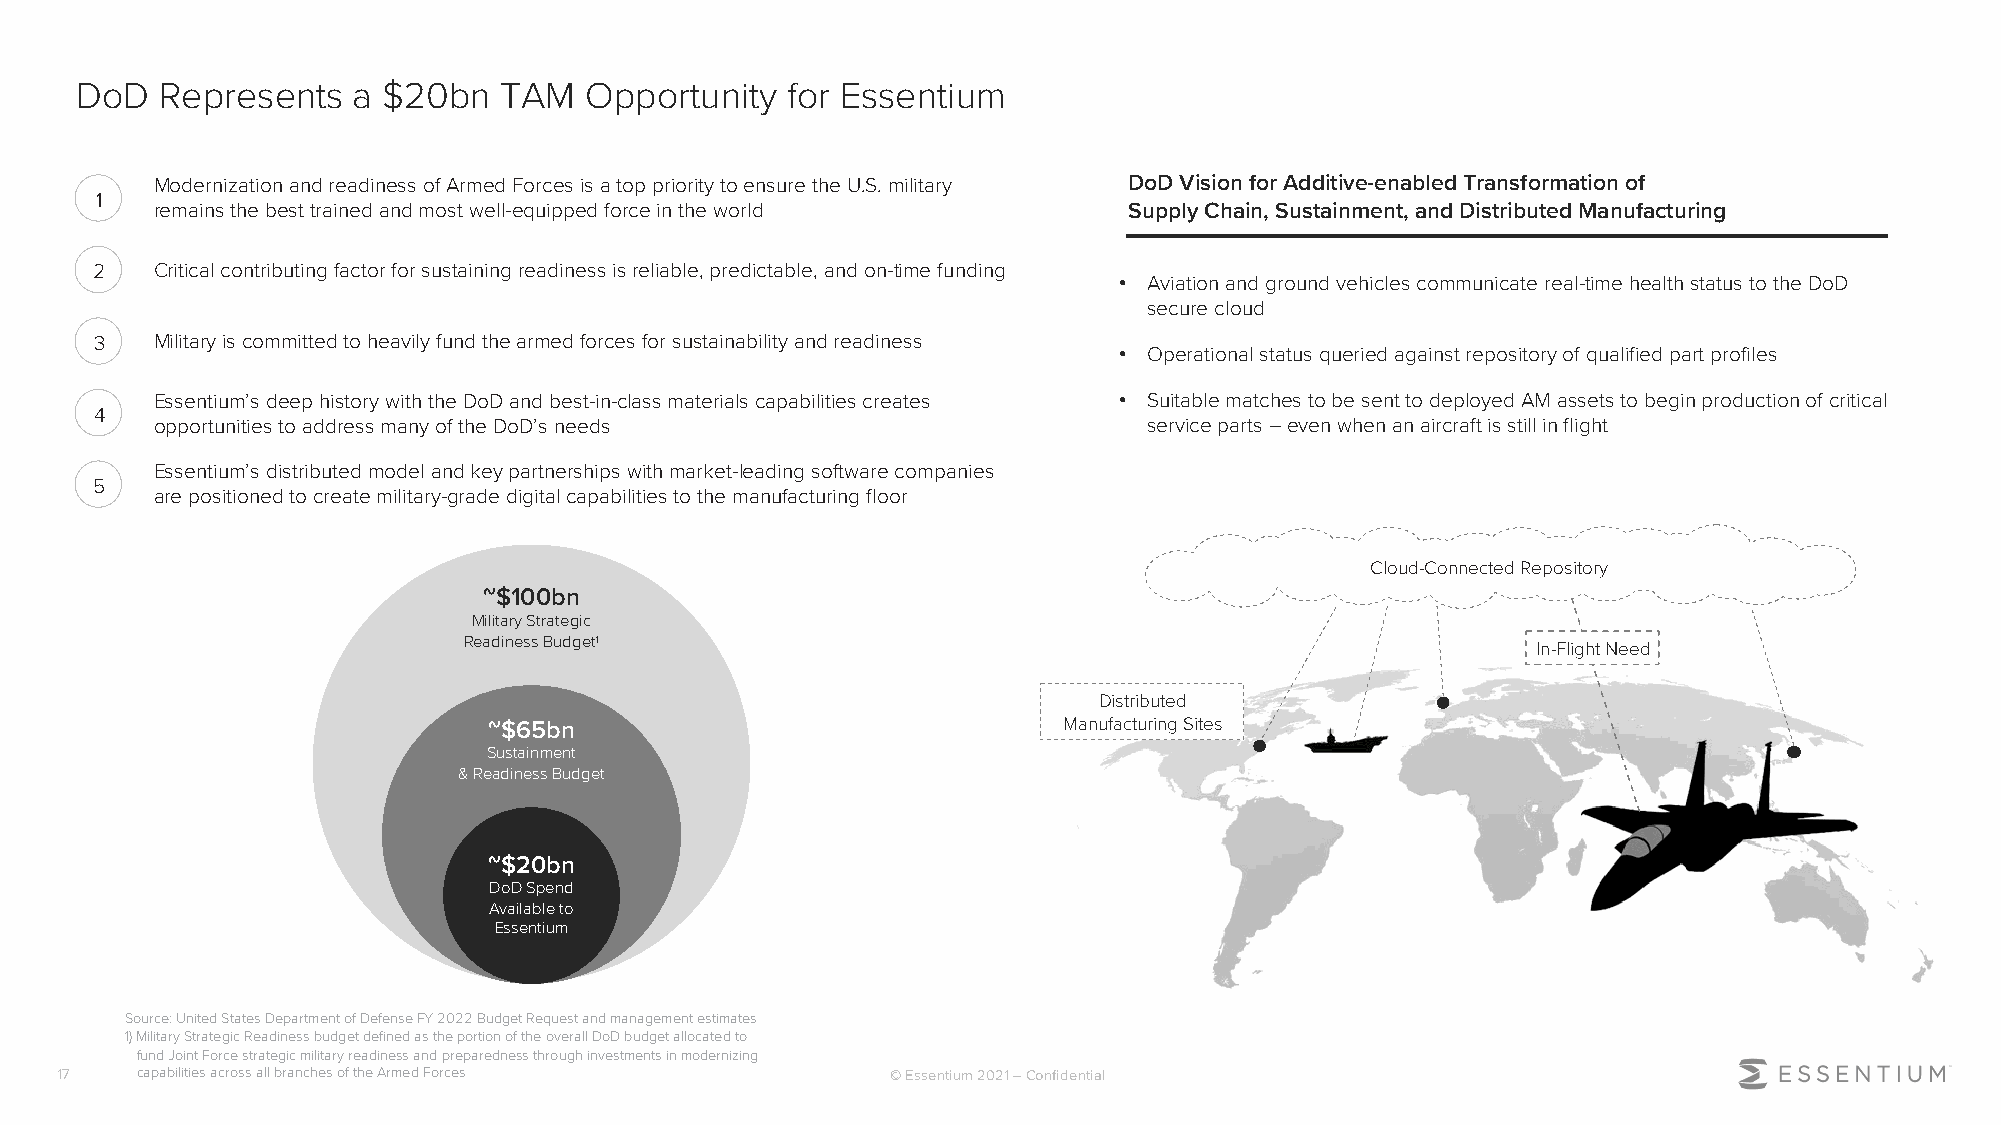
DoD   Represents  a $20bn   TAM   Opportunity  for Essentium
 Modernization and readiness of Armed Forces is a top priority to ensure the U.S. military DoD Vision for Additive-enabled Transformation of
 1
 remains the best trained and most well-equipped force in the world Supply Chain, Sustainment, and Distributed Manufacturing
 2   Critical contributing factor for sustaining readiness is reliable, predictable, and on-time funding
 • Aviation and ground vehicles communicate real-time health status to the DoD
 secure cloud
 3   Military is committed to heavily fund the armed forces for sustainability and readiness
 • Operational status queried against repository of qualified part profiles
 Essentium’s deep history with the DoD and best-in-class materials capabilities creates • Suitable matches to be sent to deployed AM assets to begin production of critical
 4
 opportunities to address many of the DoD’s needs                  service parts –even when an aircraft is still in flight
 Essentium’s distributed model and key partnerships with market-leading software companies
 5
 are positioned to create military-grade digital capabilities to the manufacturing floor
 Cloud-Connected Repository
 ~$100bn
 Military Strategic
 Readiness Budget1
 In-Flight Need
 Distributed
 ~$65bn                                Manufacturing Sites
 Sustainment
 & Readiness Budget
 ~$20bn
 DoD Spend
 Available to
 Essentium
 Source: United States Department of Defense FY 2022 Budget Request and management estimates
 1) Military Strategic Readiness budget defined as the portion of the overall DoD budget allocated to
 fund Joint Force strategic military readiness and preparedness through investments in modernizing
 17   capabilities across all branches of the Armed Forces © Essentium 2021 –Confidential